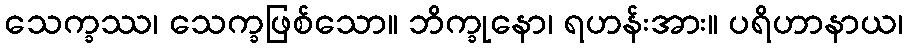
သေက္ခဿ၊ သေက္ခဖြစ်သော။ ဘိက္ခုနော၊ ရဟန်းအား။ ပရိဟာနာယ၊